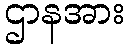
ဌာနအား